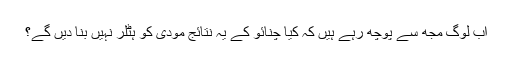
اب لوگ مجھ سے پوچھ رہے ہیں کہ کیا چنائو کے یہ نتائج مودی کو ہٹلر نہیں بنا دیں گے؟